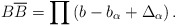
\begin{align*}B\overline{B}=\prod \left(b-b_{\alpha}+\Delta_{\alpha}\right).\end{align*}